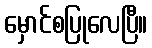
မှောင်စပြုလေပြီ။